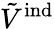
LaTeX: \tilde{V}^{\mathrm{ind}}